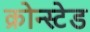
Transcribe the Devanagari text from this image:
क्रोन्स्टेड